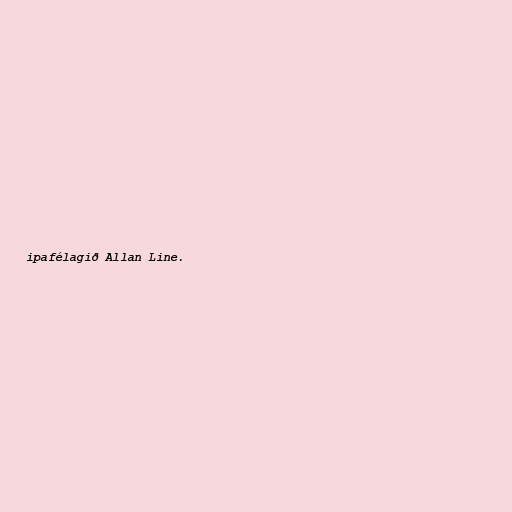
ipafélagið Allan Line.